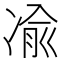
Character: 𫥓